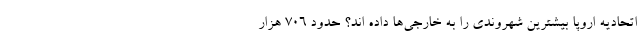
اتحادیه اروپا بیشترین شهروندی را به خارجی‌ها داده اند؟ حدود ۷۰۶ هزار